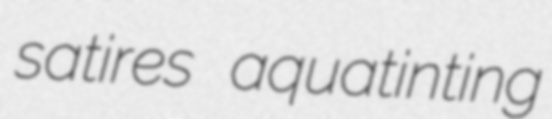
satires aquatinting